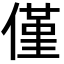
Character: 僅